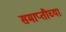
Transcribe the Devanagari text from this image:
समाप्‍तीच्या